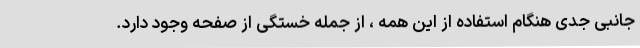
جانبی جدی هنگام استفاده از این همه ، از جمله خستگی از صفحه وجود دارد.